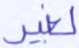
لغير